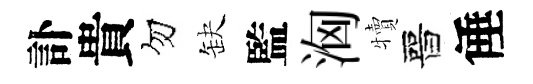
訃貴勿缺監洶犢晉倕